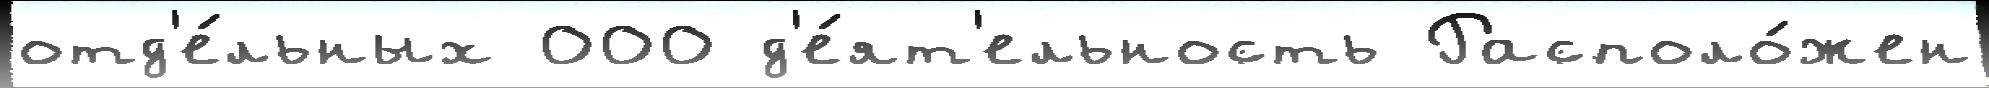
отд'е́льных 000 д'е́ят'ельность Располо́жен